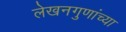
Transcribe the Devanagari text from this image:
लेखनगुणांच्या